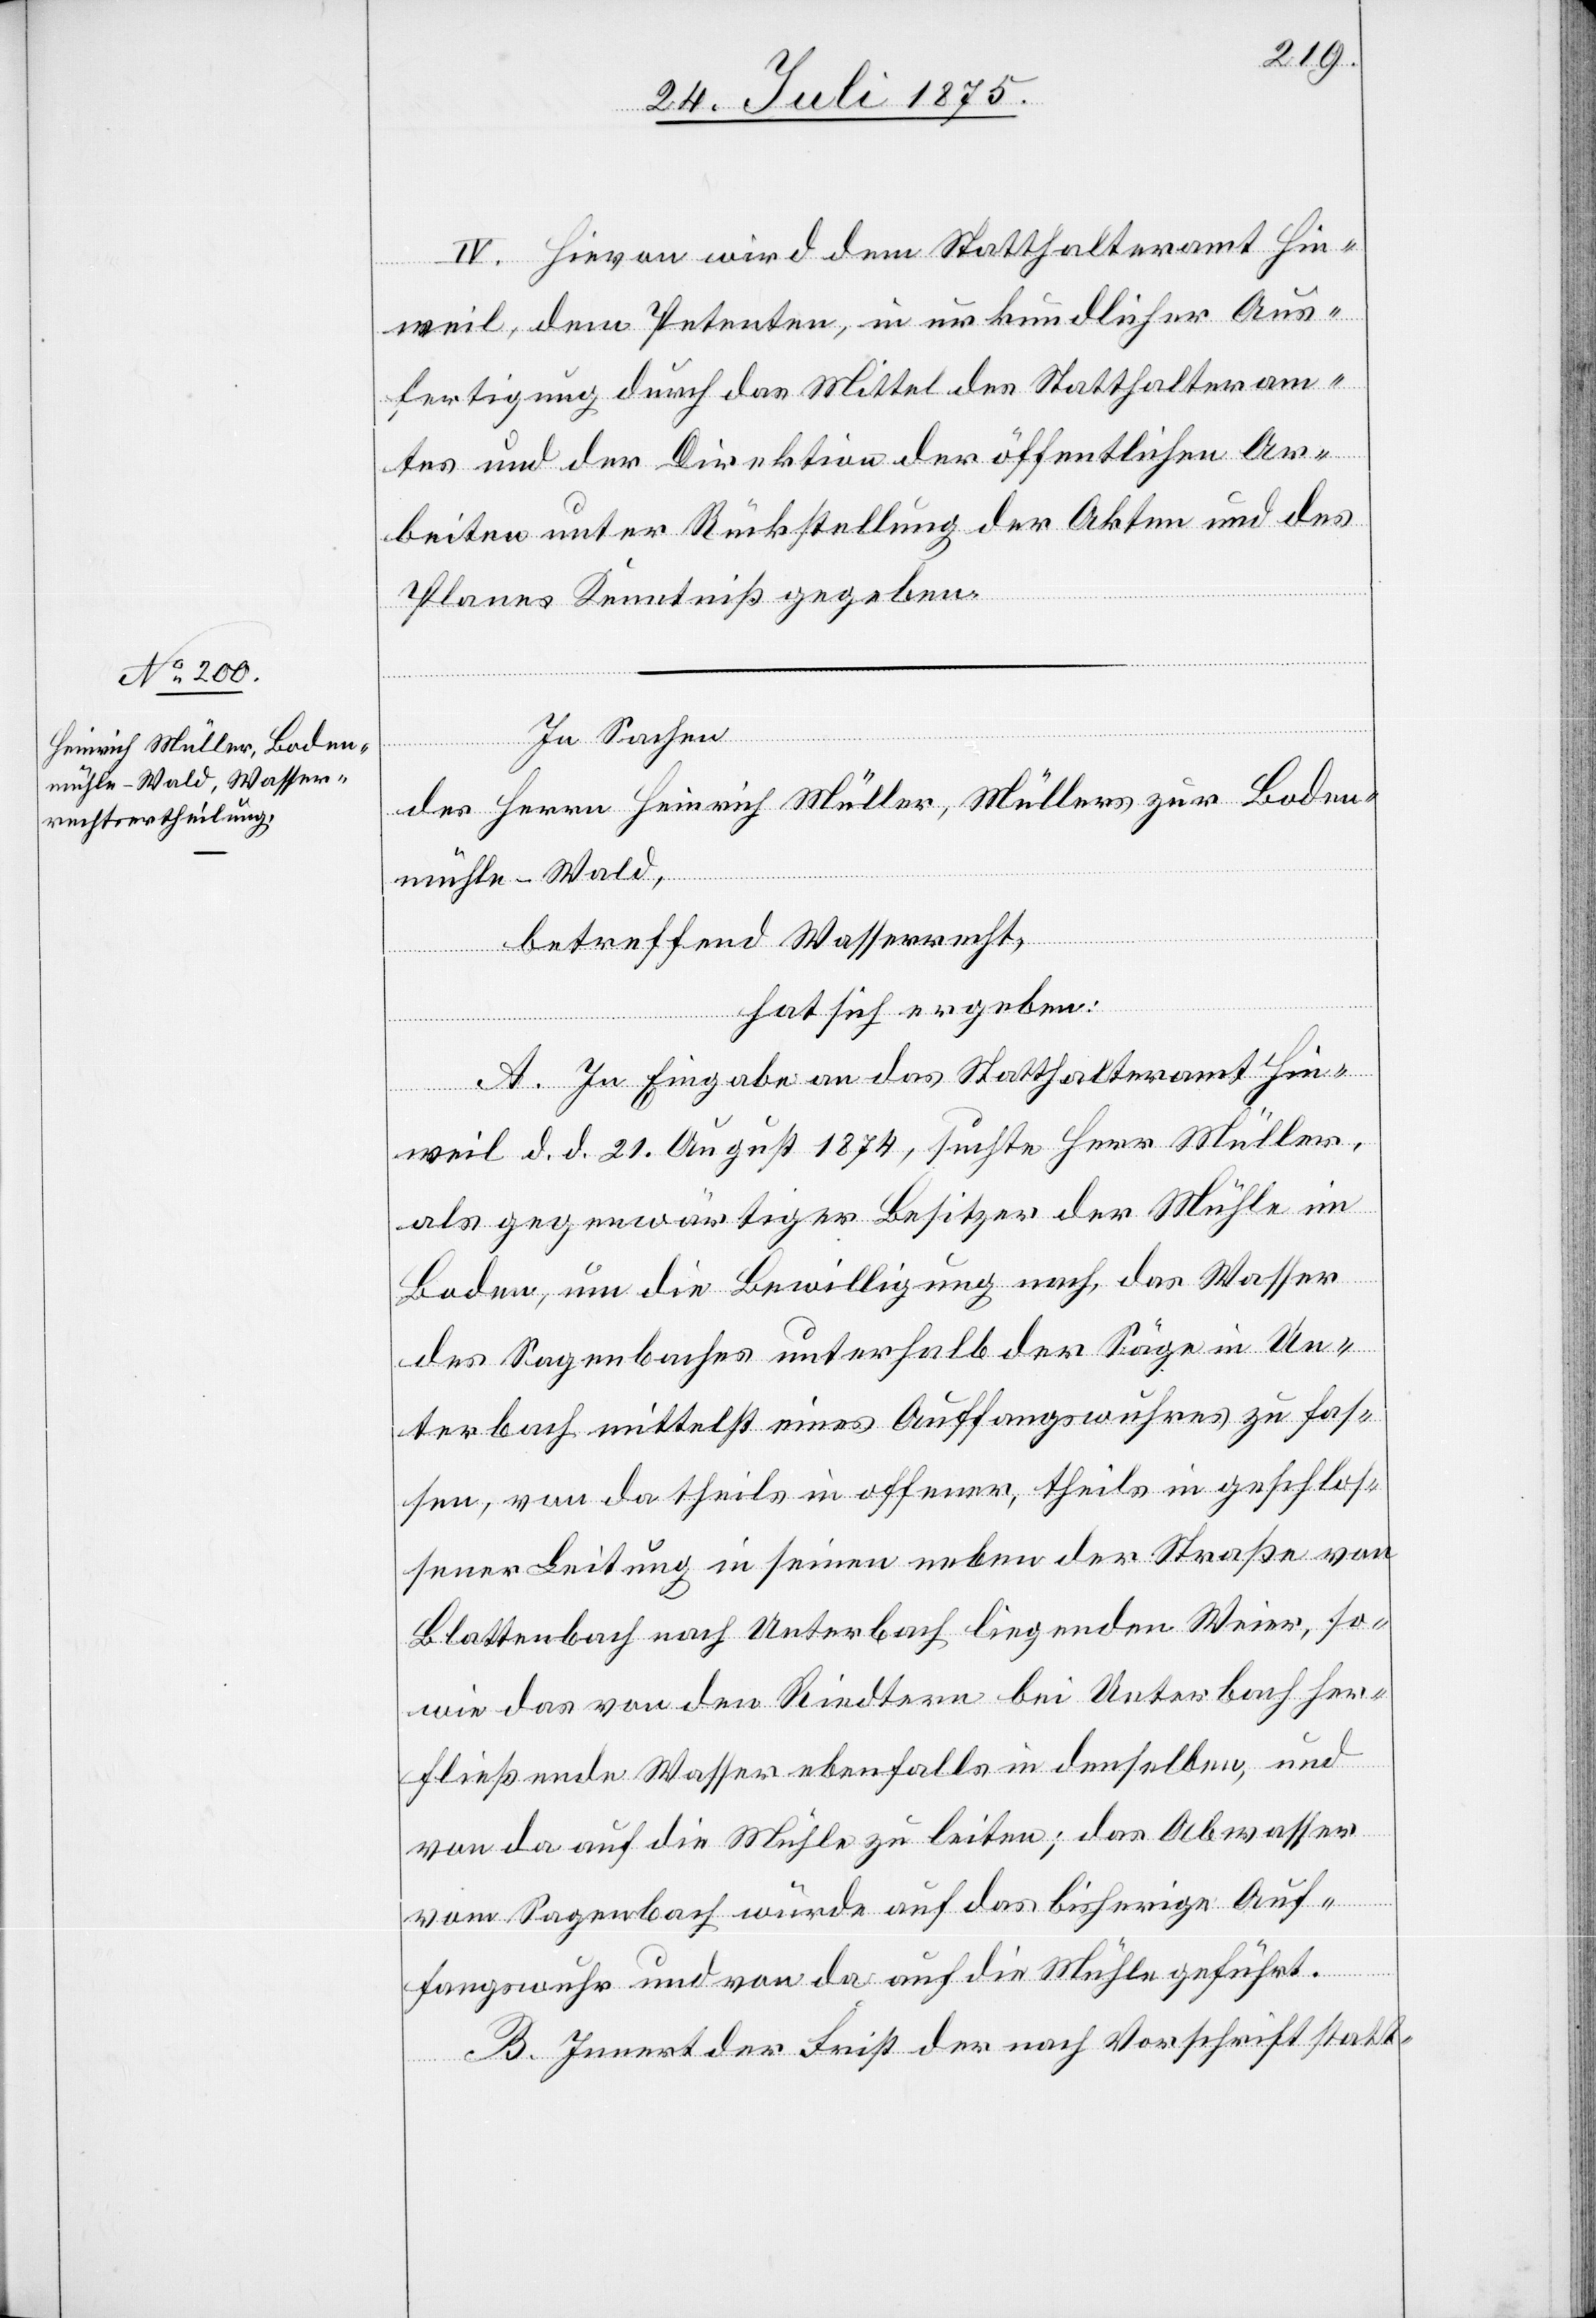
IV. Hievon wird dem Statthalteramt Hin¬
weil, dem Petenten, in urkundlicher Aus¬
fertigung durch das Mittel des Statthalteram¬
tes und der Direktion der öffentlichen Ar¬
beiten unter Rückstellung der Akten und des
Planes Kenntniß gegeben.
In Sachen
des Herrn Heinrich Müller, Müllers zur Boden¬
mühle - Wald,
betreffend Wasserrecht,
eil
hat sich ergeben:
A. In Eingabe an Statthalteramt Hinw¬
weil d. d. 21. August 1874, suchte Herr Müller,
als gegenwärtiger Besitzer der Mühle im
Boden, um die Bewilligung nach, das Wasser
des Sagenbaches unterhalb der Säge in Un¬
terbach mittelst eines Auffangswuhres zu fas¬
sen, von da theils in offener, theils in geschlos¬
sener Leitung in seinen neben der Straße von
Blattenbach nach Unterbach liegenden Weier, so¬
wie das von den Riedtern bei Unterbach her¬
fließende Wasser ebenfalls in denselben, und
von da auf die Mühle zu leiten; das Abwasser
vom Sagenbach wurde auf das bisherige Auf¬
fangswuhr und von da auf die Mühle geführt.
B. Innert der Frist der nach Vorschrift statt-